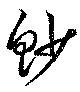
魦